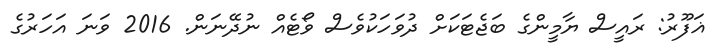
ޣަފޫރު: ރައީސް ޔާމީންގެ ބަޖެޓަކަށް ދުވަހަކުވެސް ވޯޓެއް ނުދޭނަން. 2016 ވަނަ އަހަރުގެ